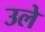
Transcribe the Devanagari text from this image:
उले